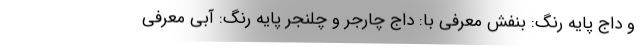
و داج پایه رنگ: بنفش معرفی با: داج چارجر و چلنجر پایه رنگ: آبی معرفی